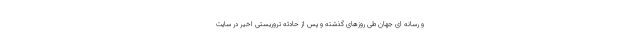
و رسانه ای جهان طی روزهای گذشته و پس از حادثه تروریستی اخیر در سایت